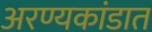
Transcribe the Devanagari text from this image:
अरण्यकांडात